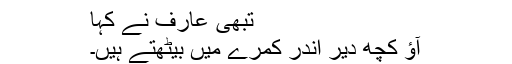
تبھی عارف نے کہا
آﺅ کچھ دیر اندر کمرے میں بیٹھتے ہیں۔